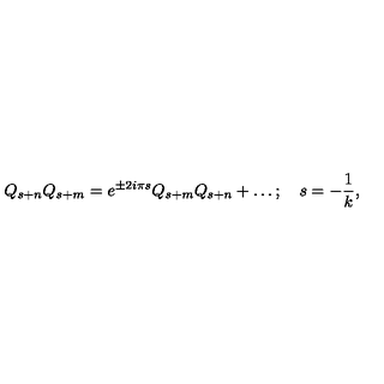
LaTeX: Q _ { s + n } Q _ { s + m } = e ^ { \pm 2 i { \pi } s } Q _ { s + m } Q _ { s + n } + \ldots ; \quad s = { - { \frac { 1 } { k } } } ,